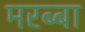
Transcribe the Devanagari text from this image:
मरब्बा